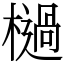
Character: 檛